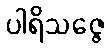
ပါရိသဇ္ဇေ